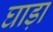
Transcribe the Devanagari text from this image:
घाड़ा